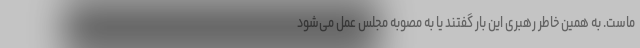
ماست. به همین خاطر رهبری این بار گفتند یا به مصوبه مجلس عمل می‌شود